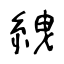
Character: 絏